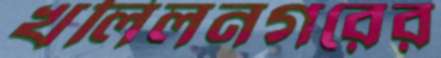
খলিলনগরের